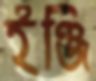
ইঞ্জি